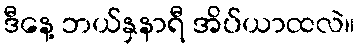
ဒီနေ့ ဘယ်နှနာရီ အိပ်ယာထလဲ။